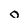
Character: o